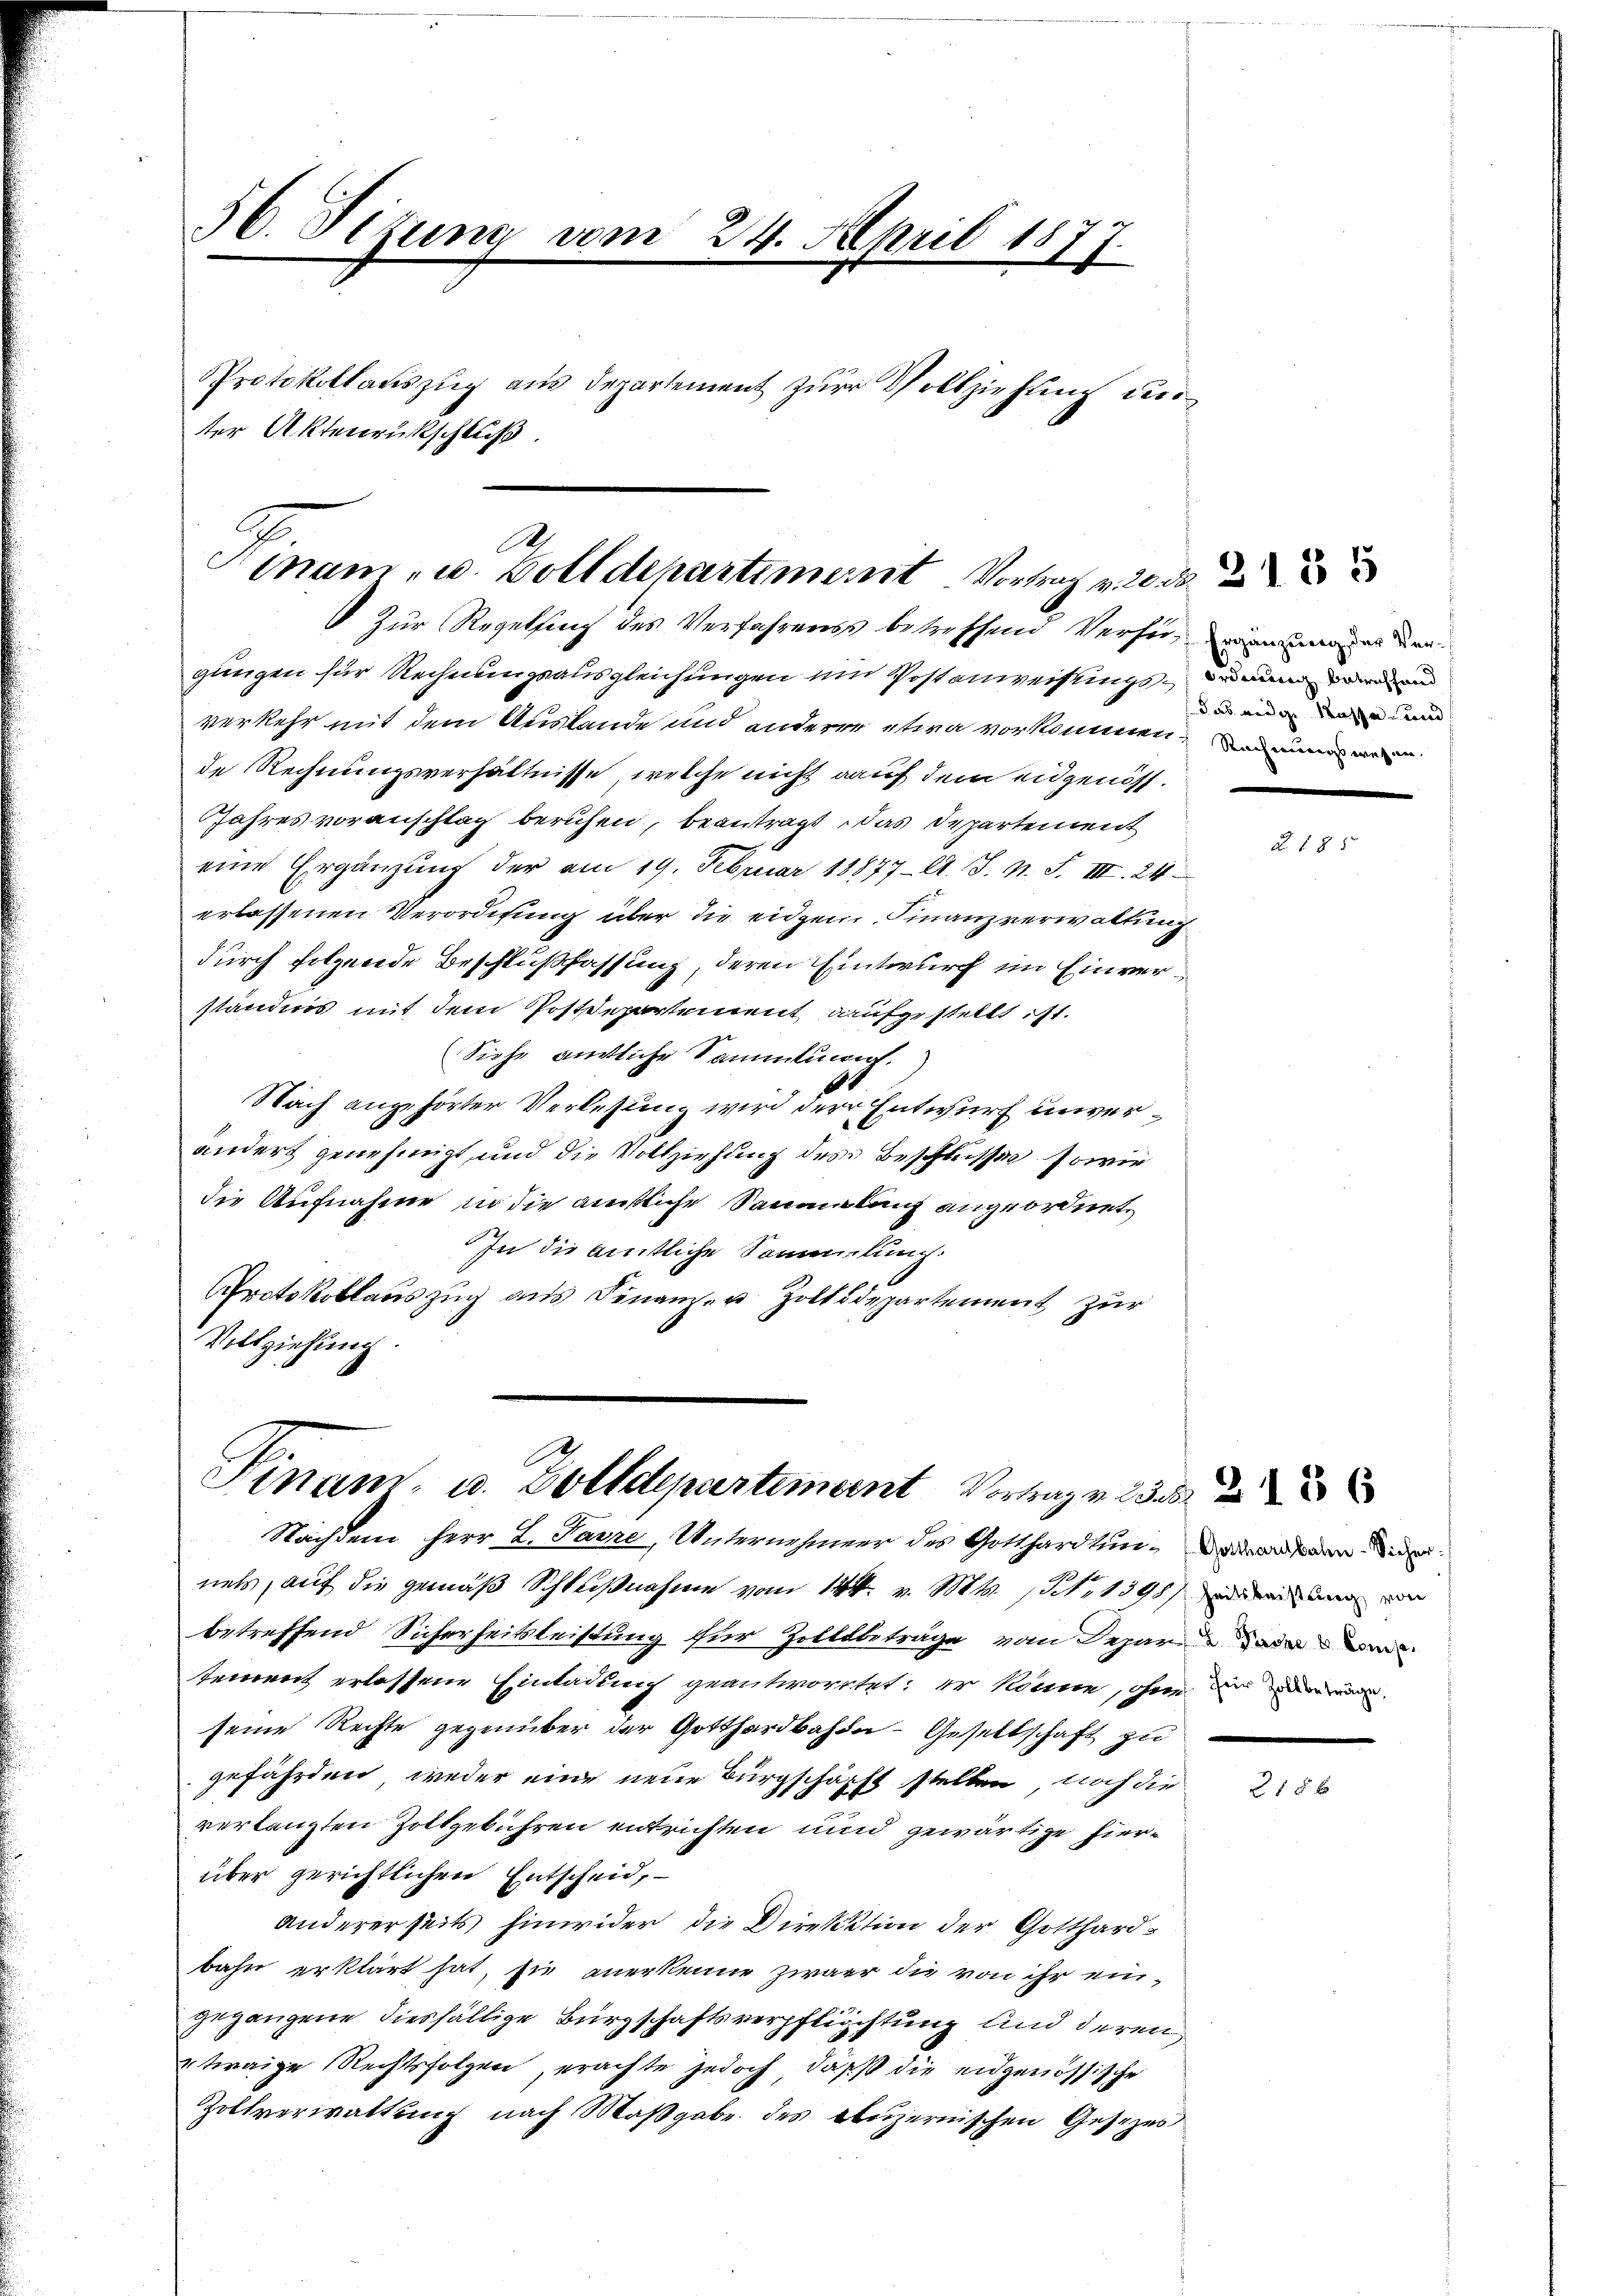
56. Sizung vom 24. April 1877.
Protokollauszug aus Departement zur Vollziehung der
ter Aktenrückschluß.

A.
Mam - u. Bolldepartiment. Vortrag v. 20. d.
 Zur Regelfing des Verfahrens betreffend Verfer, wenn den

gungen für Rechnungsausgleichungen ein Postanweisungs- und an
verkehr mit dem Auslande und anderer etwa vorkommen, und ein mein
de Rechnungsverhältnisse, welche nicht auf dem eidgenöss.
Jahres voranschlag beruhen, beantragt, das Departement
eine Ergänzŭng der am 19. Februar 18877. A. S. N. S. III. 24
erlassenen Verordnung über die eidgen Finanzverwaltung
durch folgende Beschlußfassung, deren Eintwurf im Einverständnis mit dem Postdepartement aufgestellt ist.
Siche ankliche Sammlung.
Nach angehörter Verlesung wird der Entwurf unverändert genehmigt, und die Vollziehung des Beschlussen sowie
die Aufnahme in die amtliche Sammlung angeordnet,
In die amtliche Sammlung.
Protokollauszug aus Finanzer Zolldepartement zur
Vollziehung.

Sinam, u. Zolldepartement Vortrag v. 2.
Nachdem Herr L. Parze, Unternehmer des Gotthardtung de

nets, auf die gemäß Schlußnahme vom 14t. v. Mts. (T.1348) und ungen
betreffend Sicherheitsleistung für Zollbeträge von Depar dann w
sement erlassene Einladung geantwortet: Er könne, ohne in de
seine Rechte gegenüber der Gotthardbahn - Gesellschaft zu
gefährden, weder eine neue Bürgschafft stellen, noch die
verlangten Zottgebühren entrichten und gewärtige hierüber gerichtlichen Entscheid,
andererseits hinwider die Direktion der Gotthardbahn erklärt hat, sie anerkenne zwar die von ihr ein-
gegangene diesfällige Bürgschaftsverpflichtung und deren
twaige Rechtsfolgen, erachte jedoch, daß die eidgenössische
Zoltverwaltung nach Maßgabe des Luzernischen Gesezes

as redige Kasse und